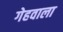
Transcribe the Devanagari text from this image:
गेहवाला